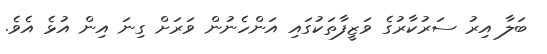
ބަލާ އިރު ސަރުކާރުގެ ވަޒީފާތަކުގައި އަންހެނުން ވަރަށް ގިނަ އިން އުޅެ އެވެ.